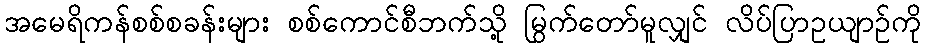
အမေရိကန်စစ်စခန်းများ စစ်ကောင်စီဘက်သို့ မြွက်တော်မူလျှင် လိပ်ပြာဥယျာဉ်ကို